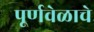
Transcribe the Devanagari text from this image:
पूर्णवेळाचे